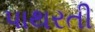
પાથરતી